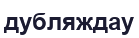
дубляждау